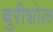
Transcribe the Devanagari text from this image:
बुरीशोल